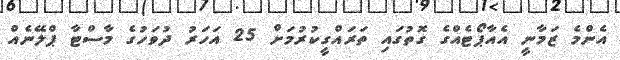
އެންމެ ޒަމާނީ އެއާޕޯޓެއްގެ ގޮތުގައި ތަރައްގީކުރުމަށް 25 އަހަރު ދުވަހުގެ މާސްޓާ ޕްލޭނެއް